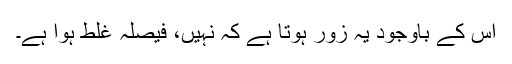
اس کے باوجود یہ زور ہوتا ہے کہ نہیں، فیصلہ غلط ہوا ہے۔